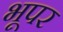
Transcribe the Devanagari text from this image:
भूपर